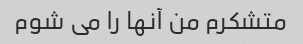
متشکرم من آنها را می شوم